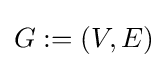
G:=(V,E)